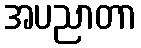
အပညာတာ